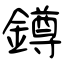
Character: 鐏